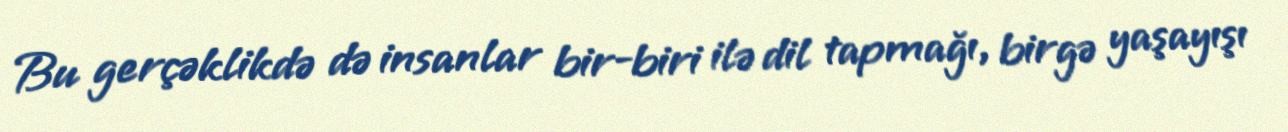
Bu gerçəklikdə də insanlar bir-biri ilə dil tapmağı, birgə yaşayışı